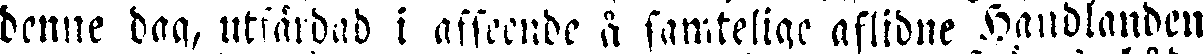
denne dag, utfärdad i afseende å samtelige aflidne Handlanden